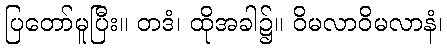
ပြတော်မူပြီး။ တဒံ၊ ထိုအခါ၌။ ဝိမလာဝိမလာနံ၊